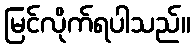
မြင်လိုက်ရပါသည်။